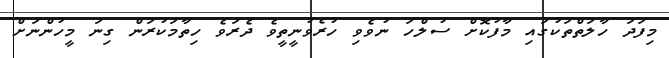
މިފަދަ ހާލަތްތަކުގައި މާފުކޮށް ސުލްހަ ނުވެވި ހުރެވުނީތީވެ ދެރަވެ ހިތާމަކުރަން ގިނަ މީހުންނަށް